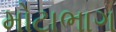
મોટાભાગ